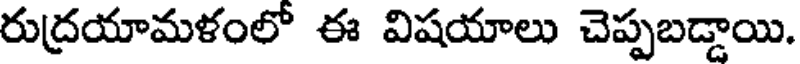
రుద్రయామళంలో ఈ విషయాలు చెప్పబడ్డాయి.